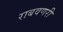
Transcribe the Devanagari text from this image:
राबवणरी